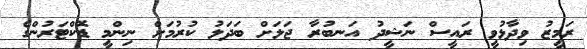
ރަމީޒު ވިދާޅުވީ ރައީސް ނަޝީދު އަނބުރާ ޖަލަށް ބަދަލު ކުރުމަށް ނިންމީ ޑޮކްޓަރުންގެ